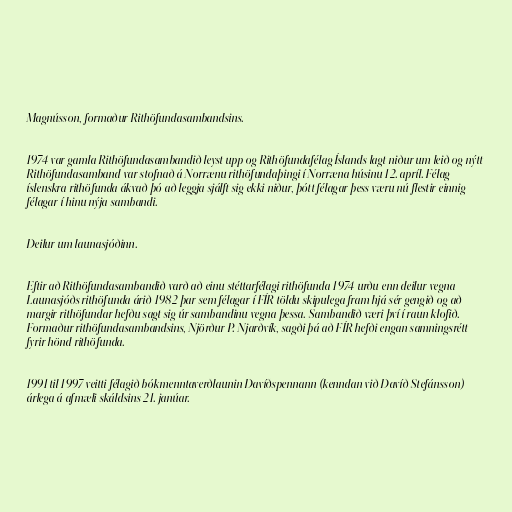
Magnússon, formaður Rithöfundasambandsins.

1974 var gamla Rithöfundasambandið leyst upp og Rithöfundafélag Íslands lagt niður um leið og nýtt
Rithöfundasamband var stofnað á Norrænu rithöfundaþingi í Norræna húsinu 12. apríl. Félag
íslenskra rithöfunda ákvað þó að leggja sjálft sig ekki niður, þótt félagar þess væru nú flestir einnig
félagar í hinu nýja sambandi.

Deilur um launasjóðinn.

Eftir að Rithöfundasambandið varð að einu stéttarfélagi rithöfunda 1974 urðu enn deilur vegna
Launasjóðs rithöfunda árið 1982 þar sem félagar í FÍR töldu skipulega fram hjá sér gengið og að
margir rithöfundar hefðu sagt sig úr sambandinu vegna þessa. Sambandið væri því í raun klofið.
Formaður rithöfundasambandsins, Njörður P. Njarðvík, sagði þá að FÍR hefði engan samningsrétt
fyrir hönd rithöfunda.

1991 til 1997 veitti félagið bókmenntaverðlaunin Davíðspennann (kenndan við Davíð Stefánsson)
árlega á afmæli skáldsins 21. janúar.